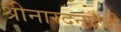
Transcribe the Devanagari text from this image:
श्रीनारदनंदजी